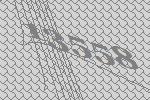
13558